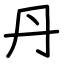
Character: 丹